Vaccination Hyderabad 1872-1889 - 1872-1889
Year: 1872
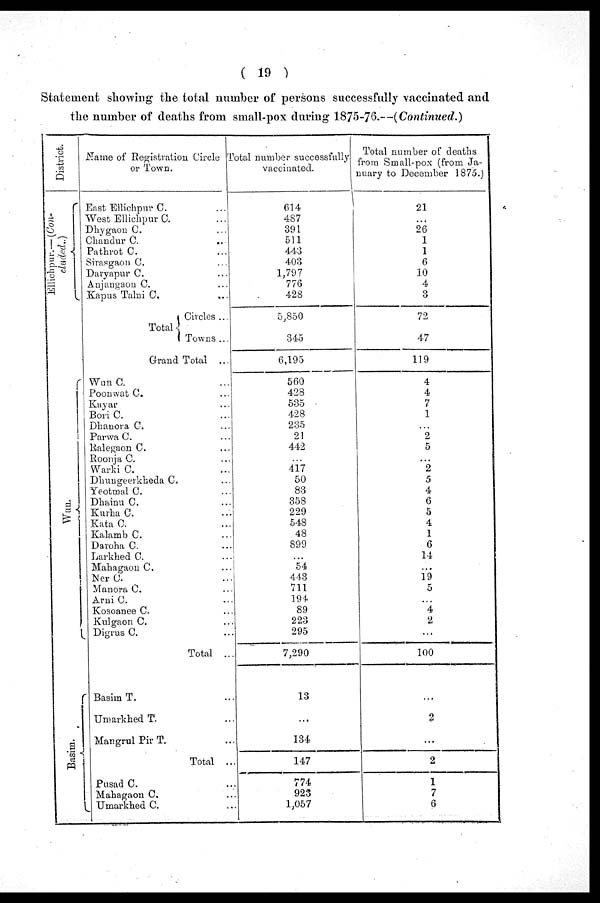
( 19 )
Statement showing the total number of persons successfully vaccinated and
the number of deaths from small-pox during 1875-76.—(Continued.)
District.
Ellichpur.— (Con-
cluded..)
Wun.
Basim.
Name of Registration Circle
or Town.
East Ellichpur C. ...
West Ellichpur C. ...
Dhygaon C. ...
Chandur C. ...
Pathrot C. ...
Sirasgaon C. ...
Daryapur C. ...
Anjangaon C. ...
Kapus Talni C. ...
Total
Circles ...
Towns ...
Grand Total ...
Wun C. ...
Poonwat C. ...
Kayar ...
Bori C. ...
Dhanora C. ...
Parwa C. ...
Ralegaon C. ...
Roonja C. ...
Warki C. ...
Dhungeerkheda C. ...
Yeotmal C. ...
Dhainu C. ...
Kurha C. ...
Kata C. ...
Kalamb C. ...
Daroha C. ...
Larkhed C. ...
Managaon C. ...
Ner C ...
Manora C. ...
Arni C. ...
Kosoanee C. ...
Kulgaon C. ...
Digrus C. ...
Total ...
Basim T. ...
Umarkhed T. ...
Mangrul Pir T. ...
Total ...
Pusad C. ...
Mahagaon C. ...
Umarkhed C. ...
Total number successfully
vaccinated.
614
487
391
511
443
403
1,797
776
428
5,850
345
6,195
560
428
535
428
235
21
442
...
417
50
83
358
229
548
48
899
...
54
443
711
194
89
223
295
7,290
13
...
134
147
774
923
1,057
Total number of deaths
from Small-pox (from Ja-
nuary to December 1875.)
21
...
26
1
1
6
10
4
3
72
47
119
4
4
7
1
...
2
5
...
2
5
4
6
5
4
1
6
14
...
19
5
...
4
2
...
100
...
2
...
2
1
7
6